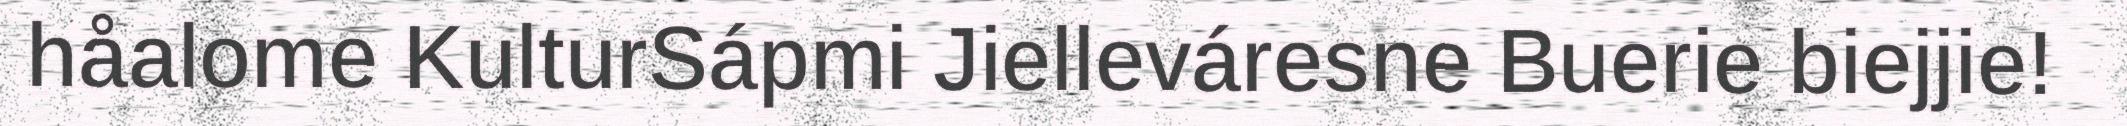
håalome KulturSápmi Jielleváresne Buerie biejjie!